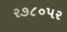
ર૭૮૦પર